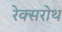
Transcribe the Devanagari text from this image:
रेक्सरोथ